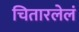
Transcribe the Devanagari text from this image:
चितारलेलं